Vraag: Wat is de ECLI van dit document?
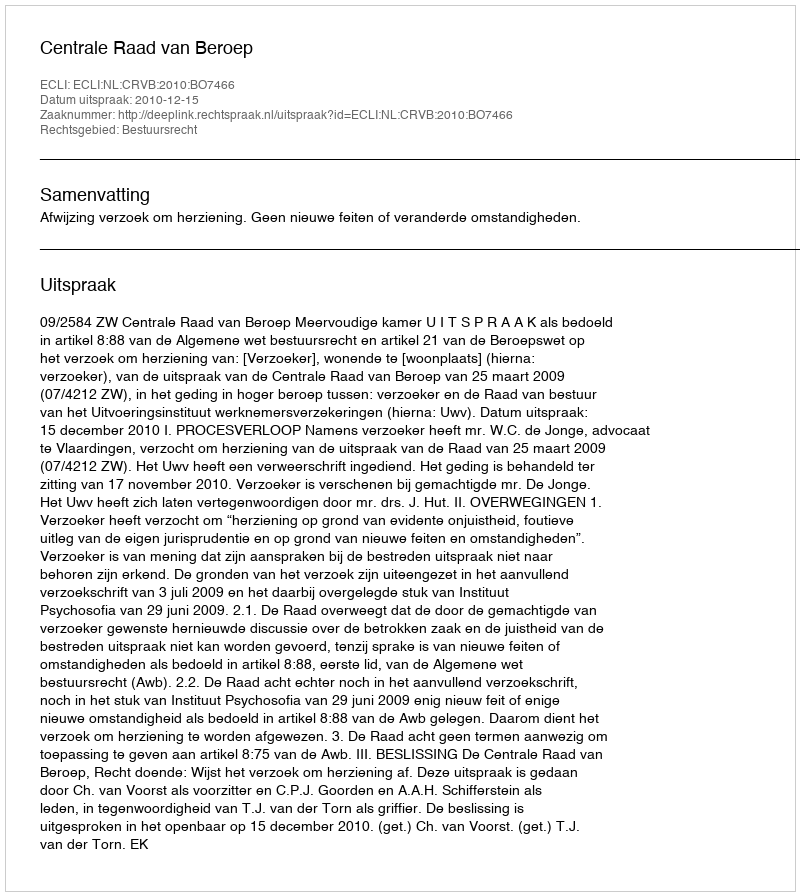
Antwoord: ECLI:NL:CRVB:2010:BO7466